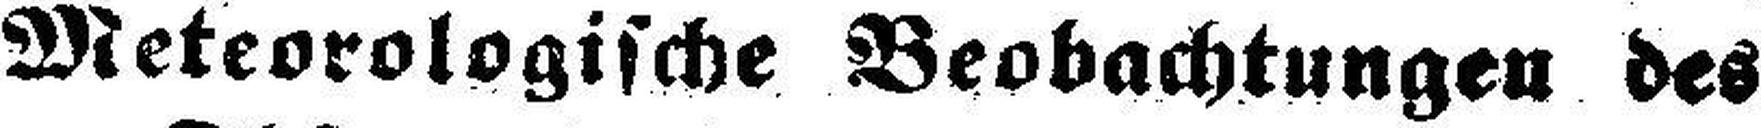
Meteorologische Beobachtungen des